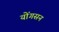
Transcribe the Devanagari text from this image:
योंगसन